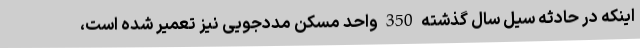
اینکه در حادثه سیل سال گذشته 350 واحد مسکن مددجویی نیز تعمیر شده است،